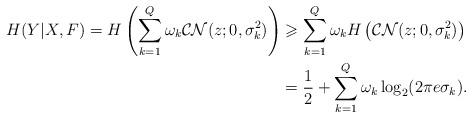
LaTeX: \begin{align*}H(Y|X,F)=H\left(\sum\limits_{k=1}^{Q}\omega_k\mathcal{CN}(z;0,\sigma_k^{2}) \right)&\geqslant \sum\limits_{k=1}^{Q}\omega_k H\left(\mathcal{CN}(z;0,\sigma_k^{2}) \right)\\&=\frac{1}{2}+\sum\limits_{k=1}^{Q}\omega_k\log_2 (2\pi e\sigma_k).\end{align*}